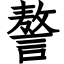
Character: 謷